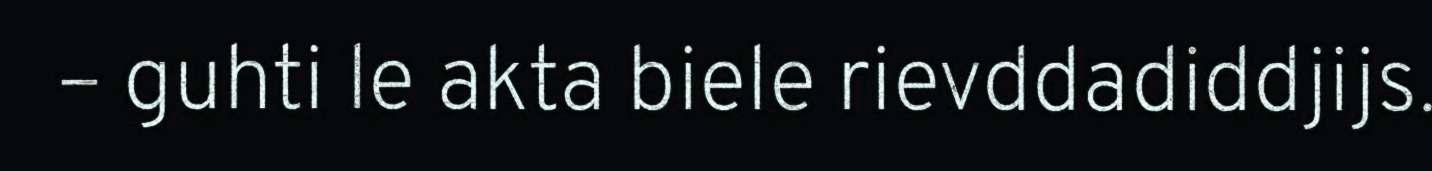
– guhti le akta biele rievddadiddjijs.